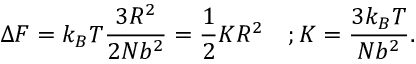
\Delta F = k _ { B } T { \frac { 3 R ^ { 2 } } { 2 N b ^ { 2 } } } = { \frac { 1 } { 2 } } K R ^ { 2 } \quad ; K = { \frac { 3 k _ { B } T } { N b ^ { 2 } } } .